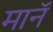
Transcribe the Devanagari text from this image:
मानॅ